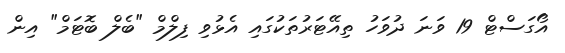
އޯގަސްޓް 19 ވަނަ ދުވަހު ތިއޭޓަރުތަކުގައި އެޅުވި ފިލްމް "ބެލް ބޮޓަމް" އިން